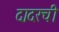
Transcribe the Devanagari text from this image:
दादरची